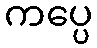
ကပ္ပေ